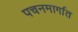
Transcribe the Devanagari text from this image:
पचनमार्गात